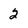
Character: 2